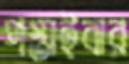
পস্তাইবার